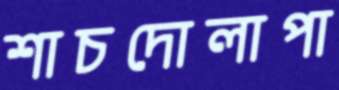
শাচদোলাপা